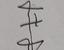
Signature authenticity: genuine